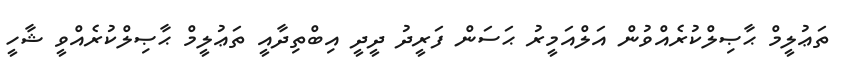
ތަޢުލީމް ޙާޞިލްކުރެއްވުން އަލްއަމީރު ޙަސަން ފަރީދު ދީދީ އިބްތިދާއީ ތަޢުލީމް ޙާޞިލްކުރެއްވީ ޝާހީ